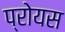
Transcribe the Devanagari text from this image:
प्रोयस